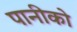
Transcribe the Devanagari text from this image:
पानीको